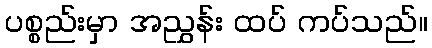
ပစ္စည်းမှာ အညွှန်း ထပ် ကပ်သည်။